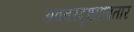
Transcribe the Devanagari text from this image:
अवतरदृश्यावतार